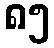
၈၅